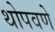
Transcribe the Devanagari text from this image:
थोपवणे